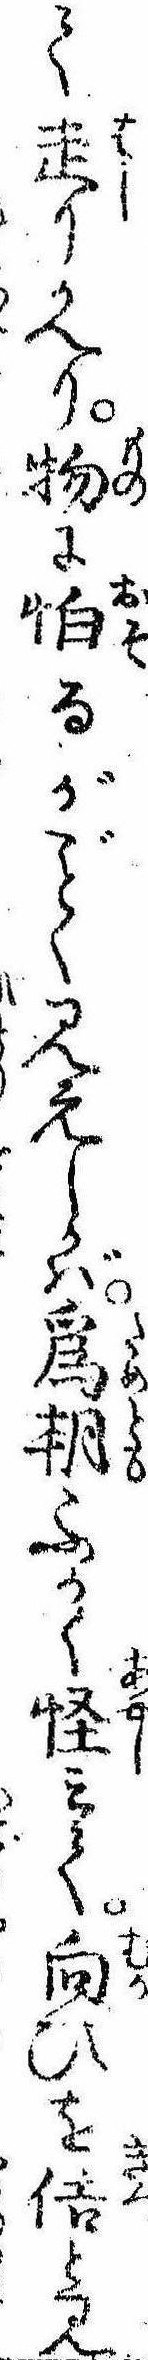
て走りかへり物に怕るがく見えしかば為朝ふかく怪みて向ひを佶と見